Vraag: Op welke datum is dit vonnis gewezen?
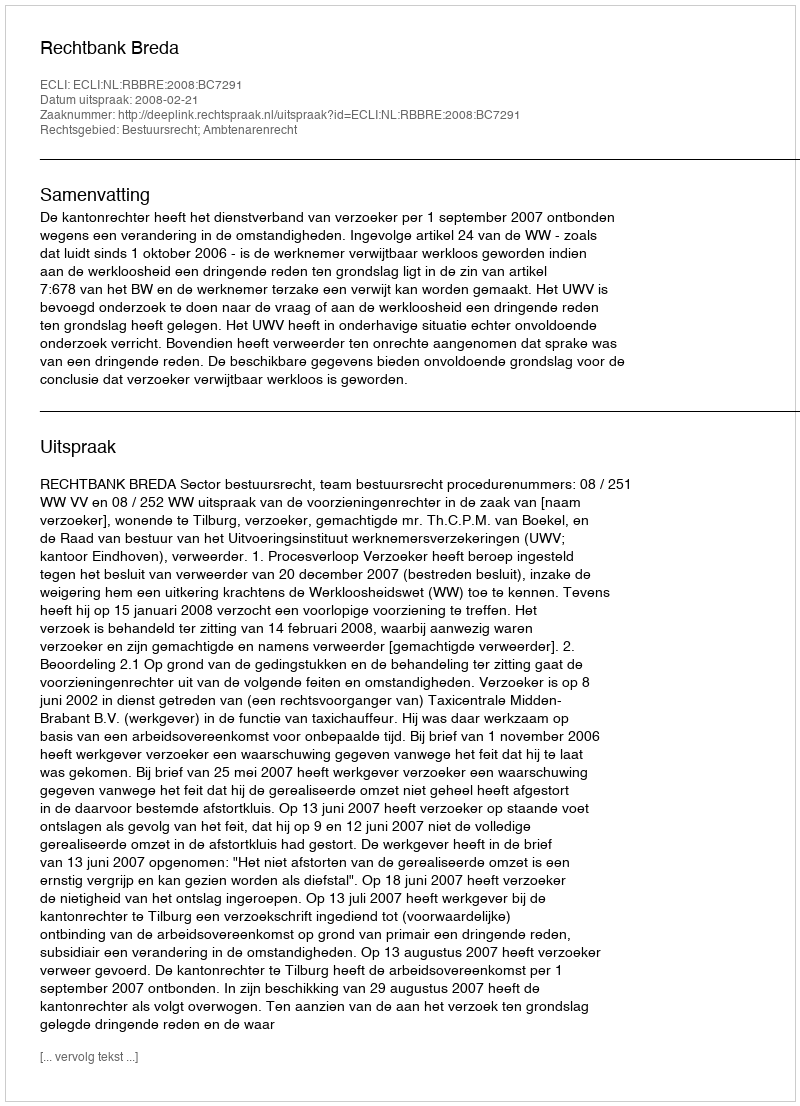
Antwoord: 2008-02-21